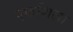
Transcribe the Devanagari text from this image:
एकशिला